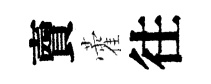
𧶠藿往